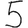
Digit: 5